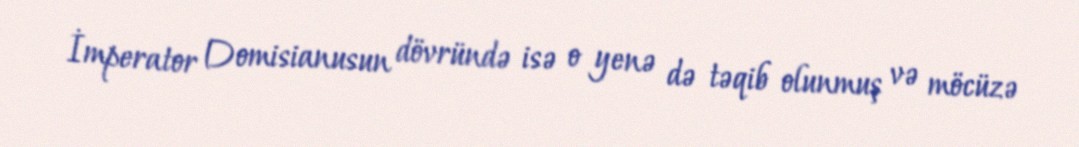
İmperator Domisianusun dövründə isə o yenə də təqib olunmuş və möcüzə